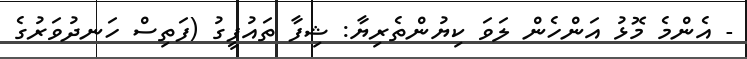
- އެންމެ މޮޅު އަންހެން ލަވަ ކިޔުންތެރިޔާ: ޝިފާ ތައުފީގު (ފަތިސް ހަނދުވަރުގެ